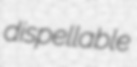
dispellable